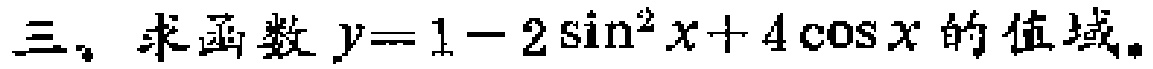
三、求函数\(y = 1 - 2\sin^{2}x + 4\cos x\)的值域。